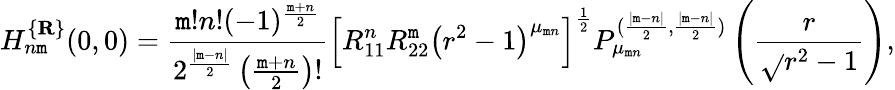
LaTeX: H_{n\mathtt{m}}^{\{ {\mathbf{R}}\} }(0,0)=\frac{{\mathtt{m}!n!(-1)^{\frac{{\mathtt{m}+n}}{2}}}}{{2^{\frac{{|\mathtt{m}-n|}}{2}}\left(\frac{{\mathtt{m}+n}}{2}\right)!}}\left[R_{11}^{n}R_{22}^{\mathtt{m}}\left(r^{2}-1\right)^{\mu_{\mathtt{m}n}}\right]^{\frac{1}{2}}P_{\mu_{\mathtt{m}n}}^{(\frac{{|\mathtt{m}-n|}}{2},\frac{{|\mathtt{m}-n|}}{2})}\left(\frac{r}{{\sqrt{}{{r^{2}-1}}}}\right),